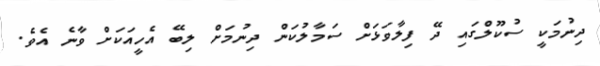
ދިނުމަކީ ސުކޫލްގައި ދޭ ފިލާވަޅަށް ސަމާލުކަން ދިނުމަށް ލިބޭ އެހީއަކަށް ވާނެ އެވެ.